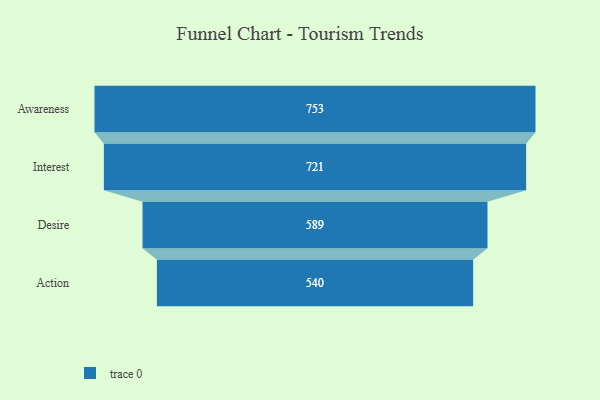
{"axis": {"x": "Stage", "y": "Value"}, "legend": [""], "data": [{"x": "Awareness", "y": 753.0, "type": ""}, {"x": "Interest", "y": 721.0, "type": ""}, {"x": "Desire", "y": 589.0, "type": ""}, {"x": "Action", "y": 540.0, "type": ""}]}